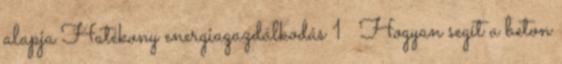
alapja Hatékony energiagazdálkodás 1 Hogyan segít a beton